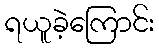
ရယူခဲ့ကြောင်း